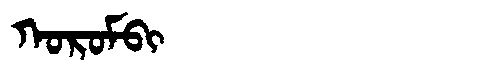
Manchu: ᡴᠣᡵᠣᠮᠪᡳ
Romanization: KOROMBI